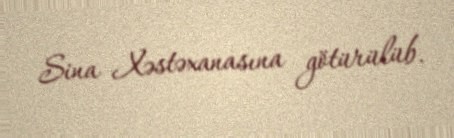
Sina Xəstəxanasına götürülüb.